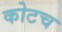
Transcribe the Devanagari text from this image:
कोटच